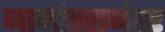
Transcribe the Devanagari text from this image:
नामांतरानंतर